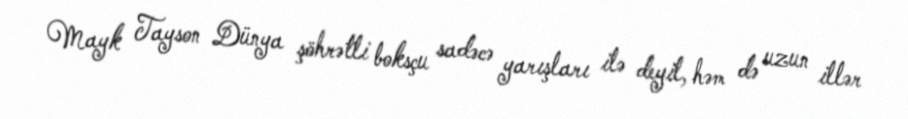
Mayk Tayson Dünya şöhrətli boksçu sadəcə yarışları ilə deyil, həm də uzun illər